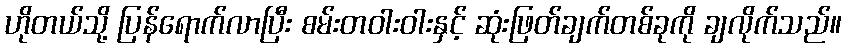
ဟိုတယ်သို့ ပြန်ရောက်လာပြီး စမ်းတဝါးဝါးနှင့် ဆုံးဖြတ်ချက်တစ်ခုကို ချလိုက်သည်။